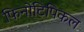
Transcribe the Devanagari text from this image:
फिनोटिपिकल